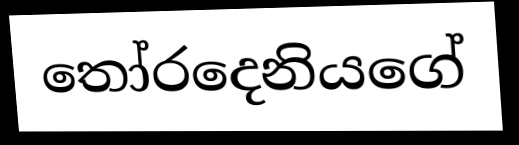
තෝරදෙනියගේ